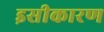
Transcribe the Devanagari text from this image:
इसीकारण